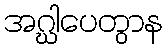
အဂ္ဃါပေတွာန